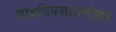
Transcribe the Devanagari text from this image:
वाढदिवसाअगोदर